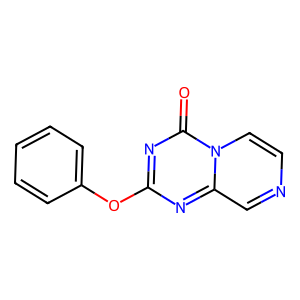
SMILES: O=c1nc(Oc2ccccc2)nc2cnccn12
Inhibits HIV replication: No